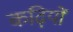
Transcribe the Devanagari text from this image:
कढ़ियों